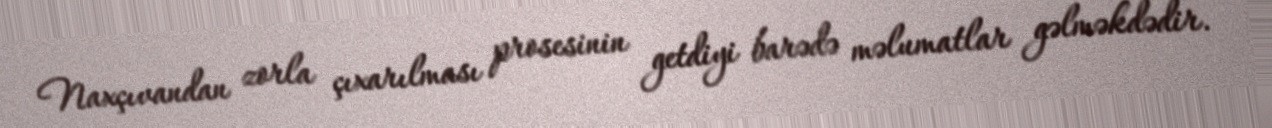
Naxçıvandan zorla çıxarılması prosesinin getdiyi barədə məlumatlar gəlməkdədir.